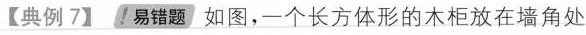
【典例7】易错题如图，一个长方体形的木柜放在墙角处